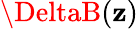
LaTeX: \DeltaB(\mathbf{z})